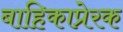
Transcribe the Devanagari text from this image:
बाहिकाप्रेरक